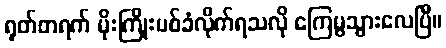
ရုတ်တရက် မိုးကြိုးပစ်ခံလိုက်ရသလို ကြေမွသွားလေပြီ။